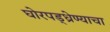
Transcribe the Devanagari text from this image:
घोरपड्ध्रेण्याचा